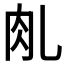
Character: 𰭾